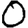
Digit: 0